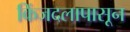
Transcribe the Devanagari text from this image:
किंजदलापासून